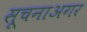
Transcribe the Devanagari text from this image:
सूचनाअगर